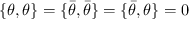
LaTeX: \{ \theta , \theta \} = \{ { \bar { \theta } } , { \bar { \theta } } \} = \{ { \bar { \theta } } , \theta \} = 0